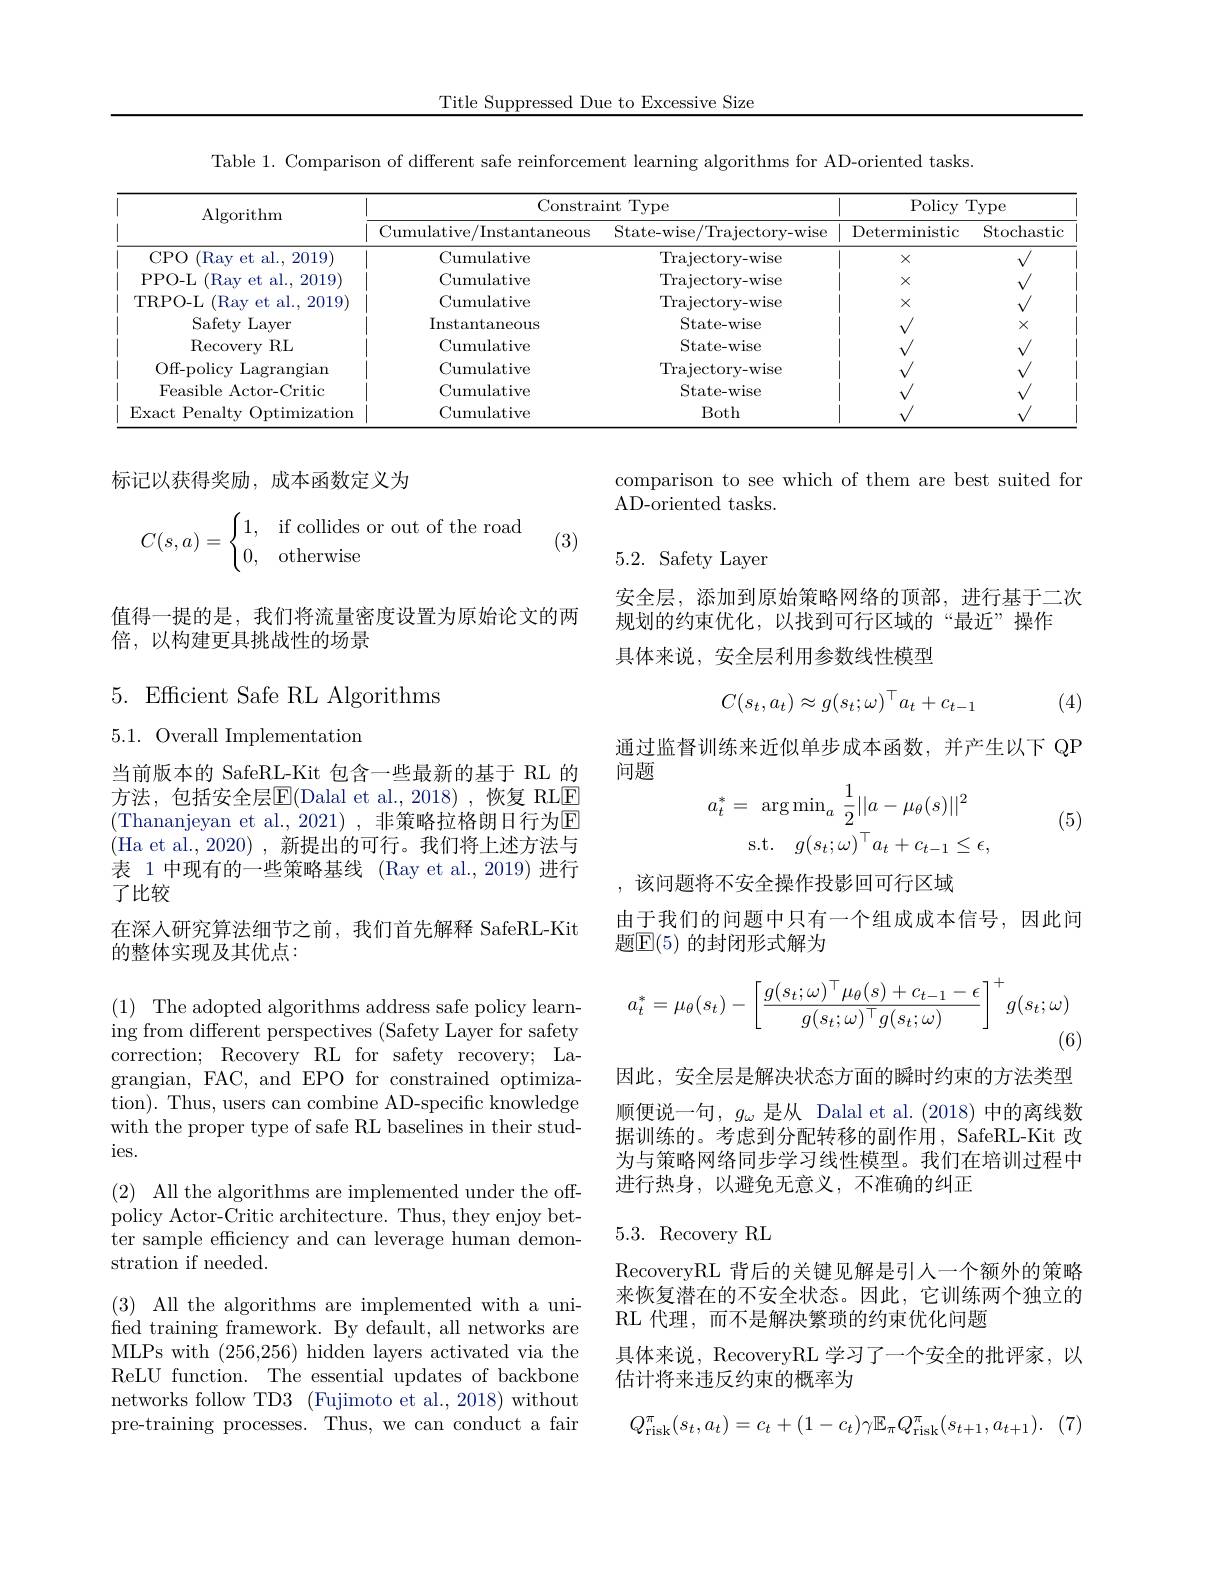
Title Suppressed Due to Excessive Size

Table 1. Comparison of different safe reinforcement learning algorithms for AD-oriented tasks.

<table>
	<tbody>
		<tr>
			<th rowspan="2">$\operatorname{Algorithm}$</th>
			<th colspan="2">Constraint Type</th>
			<th colspan="2">Policy Type</th>
		</tr>
		<tr>
			<th>Cumulative/Instantaneous</th>
			<th>State-wise/Trajectory-wise</th>
			<th>Deterministic</th>
			<th>Stochastic</th>
		</tr>
		<tr>
			<td>CPO (Ray et al., 2019)</td>
			<td>Cumulative</td>
			<td>Trajectory- wise</td>
			<td>$X$</td>
			<td>1</td>
		</tr>
		<tr>
			<td>PPO- L (Ray et al., 2019)</td>
			<td>Cumulative</td>
			<td>Trajectory- wise</td>
			<td>X</td>
			<td> </td>
		</tr>
		<tr>
			<td>TRPO- L (Ray et al., 2019) $f$</td>
			<td>Cumulative</td>
			<td>Trajectory- wise</td>
			<td>$X$</td>
			<td> </td>
		</tr>
		<tr>
			<td>Safety Layer</td>
			<td>Instantaneous</td>
			<td>State- wise</td>
			<td> </td>
			<td>$X$</td>
		</tr>
		<tr>
			<td>$\operatorname{Recovery}$ $\cdot$RL</td>
			<td>Cumulative</td>
			<td>State- wise</td>
			<td> </td>
			<td> </td>
		</tr>
		<tr>
			<td>Off- policy $\cdot$ Lagrangiam</td>
			<td>Cumulative</td>
			<td>Trajectory- wise</td>
			<td> </td>
			<td> </td>
		</tr>
		<tr>
			<td>Feasible Actor-Critic</td>
			<td>Cumulative</td>
			<td>State- wise</td>
			<td> </td>
			<td>$v$</td>
		</tr>
		<tr>
			<td>Exact Penalty Optimization</td>
			<td>Cumulative</td>
			<td>Both</td>
			<td> </td>
			<td> </td>
		</tr>
	</tbody>
</table>

标记以获得奖励，成本函数定义为

comparison to see which of them are best suited for
AD-oriented tasks.
$$C(s,a)=\begin{cases}1,&\text{if collides or out of the road}\\0,&\text{otherwise}\end{cases}$$
(3)

5.2. Safety Layer

安全层，添加到原始策略网络的顶部，进行基于二次
规划的约束优化，以找到可行区域的“最近”操作
具体来说，安全层利用参数线性模型

值得一提的是，我们将流量密度设置为原始论文的两
倍，以构建更具挑战性的场景

$5.{\mathrm{Efficient~Safe~RL~Algorithms}}$
$$C(s_t,a_t)\approx g(s_t;\omega)^\top a_t+c_{t-1}$$
(4)

5.1. Overall Implementation

通过监督训练来近似单步成本函数，并产生以下 QP
问题
$$\begin{aligned}a_t^*&=\:\arg\min_a\:\frac{1}{2}||a-\mu_\theta(s)||^2\\&\mathrm{s.t.}\quad g(s_t;\omega)^\top a_t+c_{t-1}\leq\epsilon,\end{aligned}$$
(5)

当前版本的 SafeRL-Kit 包含一些最新的基于 RL 的方法，包括安全层$\mathbb{E}($Dalal et al.,2018),恢复 RLE (Thananjeyan et al.,2021),非策略拉格朗日行为E (Ha et al.,2020),新提出的可行。我们将上述方法与表 1 中现有的一些策略基线 (Ray et al., 2019) 进行了比较
在深入研究算法细节之前，我们首先解释 SafeRL-Kit
的整体实现及其优点：

,该问题将不安全操作投影回可行区域
由于我们的问题中只有一个组成成本信号，因此间
题$\mathbb{E}(5)$ 的封闭形式解为
$$a_t^*=\mu_\theta(s_t)-\left[\frac{g(s_t;\omega)^\top\mu_\theta(s)+c_{t-1}-\epsilon}{g(s_t;\omega)^\top g(s_t;\omega)}\right]^+g(s_t;\omega)$$
(6)

(1) The adopted algorithms address safe policy learning from different perspectives (Safety Layer for safety correction; Recovery RL for safety recovery; Lagrangian, FAC, and EPO for constrained optimization) . Thus, users can combine AD- specific knowledge with the proper type of safe RL baselines in their studies.

因此，安全层是解决状态方面的瞬时约束的方法类型顺便说一句，$g_\omega$是从 Dalal et al.(2018)中的离线数据训练的。考虑到分配转移的副作用，SafeRL-Kit 改为与策略网络同步学习线性模型。我们在培训过程中进行热身，以避免无意义，不准确的纠正

(2) All the algorithms are implemented under the offpolicy Actor-Critic architecture. Thus, they enjoy better sample efficiency and can leverage human demonstration if needed.

## 5.3. Recovery RL

RecoveryRL 背后的关键见解是引人一个额外的策略来恢复潜在的不安全状态。因此，它训练两个独立的RL 代理，而不是解决繁琐的约束优化问题
具体来说，RecoveryRL 学习了一个安全的批评家，以
估计将来违反约束的概率为

(3) All the algorithms are implemented with a unified training framework. By default, all networks are MLPs with (256,256) hidden layers activated via the ReLU function. The essential updates of backbone networks follow TD3 (Fujimoto et al., 2018) without pre-training processes. Thus, we can conduct a fair
$$Q_{\mathrm{risk}}^{\pi}(s_{t},a_{t})=c_{t}+(1-c_{t})\gamma\mathbb{E}_{\pi}Q_{\mathrm{risk}}^{\pi}(s_{t+1},a_{t+1}).$$
(7)